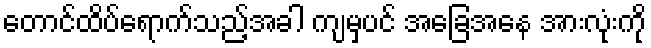
တောင်ထိပ်ရောက်သည့်အခါ ကျမှပင် အခြေအနေ အားလုံးကို